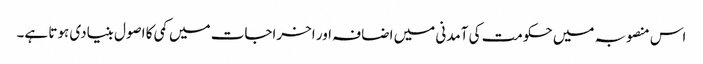
اس منصوبہ میں حکومت کی آمدنی میں اضافہ اور اخراجات میں کمی کا اصول بنیادی ہوتا ہے۔